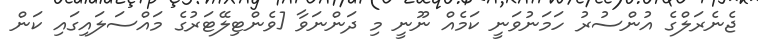
ޖެނެރަލްގެ އުންސުރު ހަމަނުވަނީ ކަމެއް ނޫނީ މި ދަންނަވާ [ވެންޓިލޭޓަރުގެ މައްސަލައިގައި ކަން